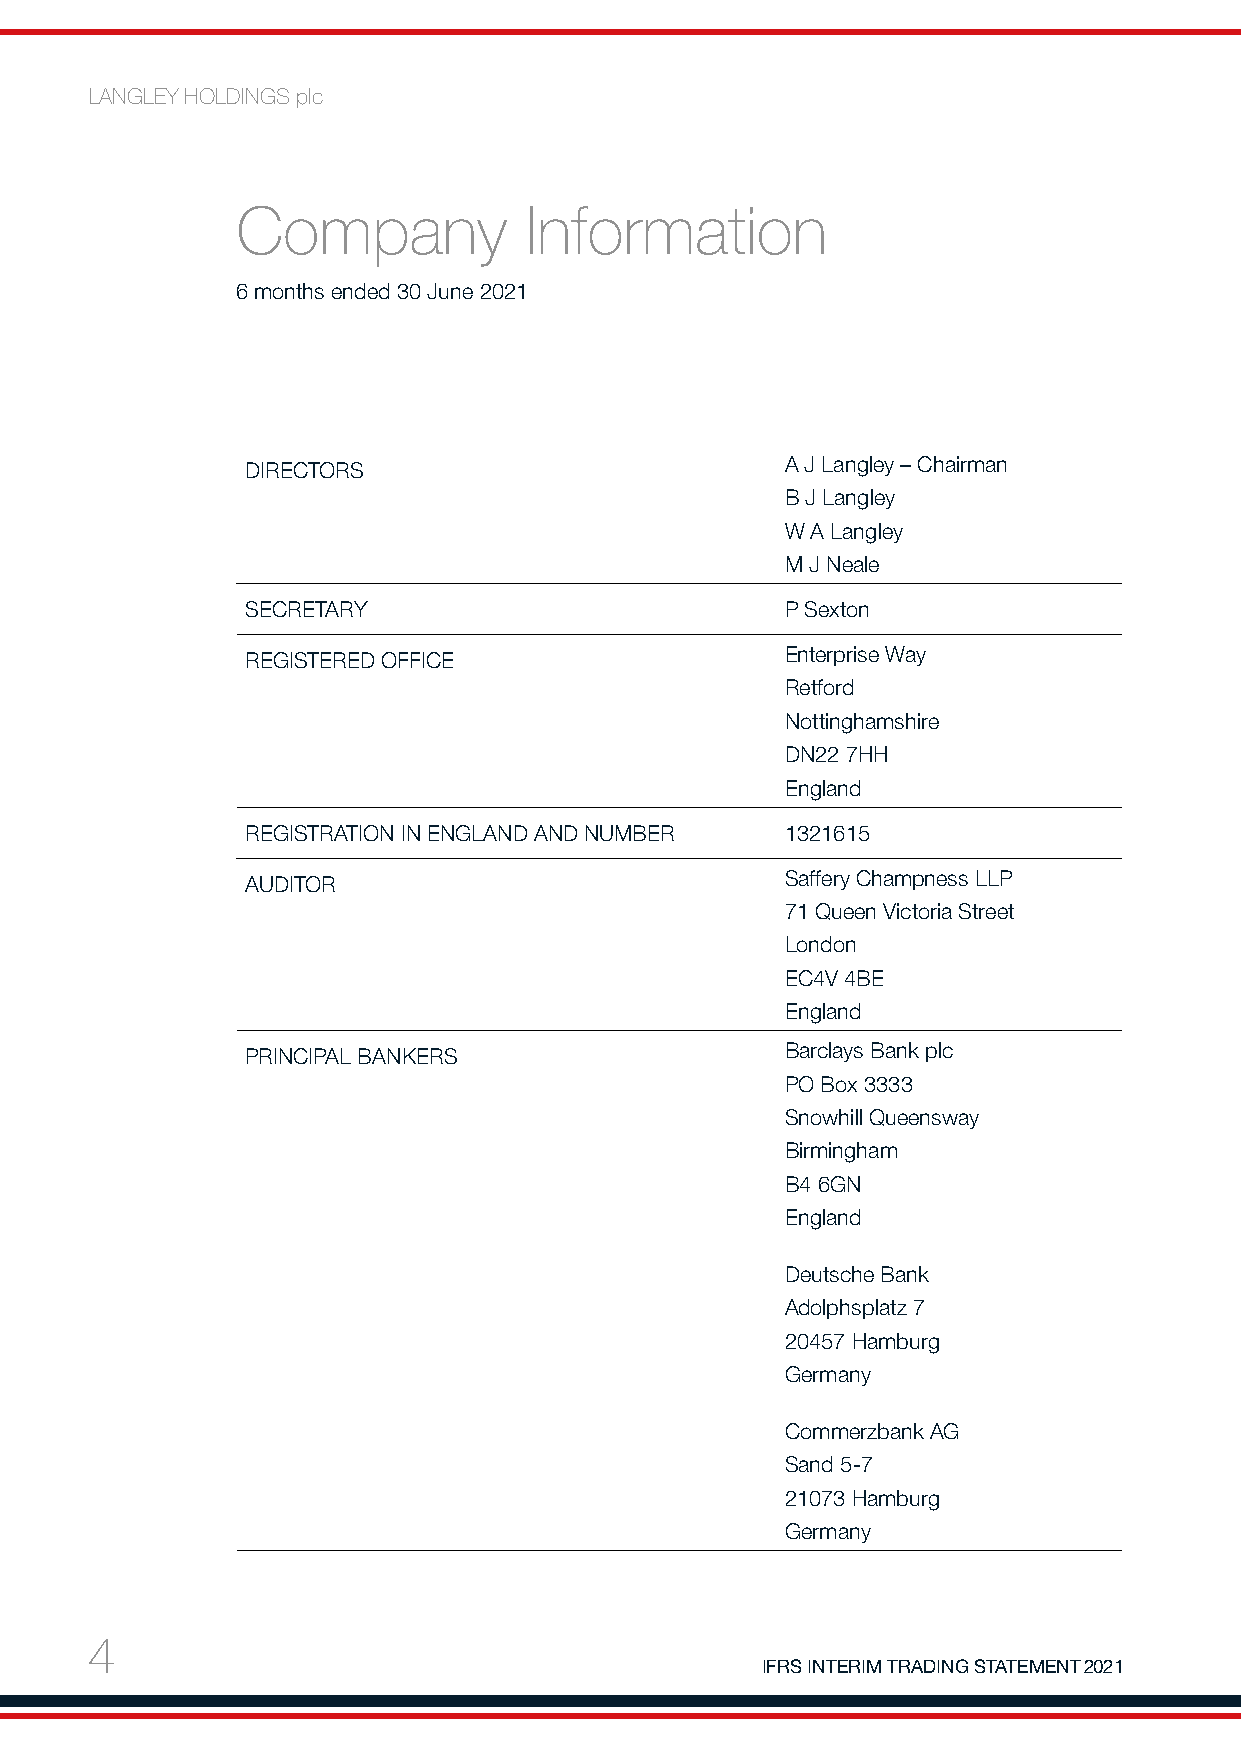
LANGLEY HOLDINGS plc
 Company            Information
 6 months ended 30 June 2021
 DIRECTORS                           A J Langley – Chairman
 B J Langley
 W A Langley
 M J Neale
 SECRETARY                           P Sexton
 REGISTERED OFFICE                   Enterprise Way
 Retford
 Nottinghamshire
 DN22 7HH
 England
 REGISTRATION IN ENGLAND AND NUMBER  1321615
 AUDITOR                             Saffery Champness LLP
 71 Queen Victoria Street
 London
 EC4V 4BE
 England
 PRINCIPAL BANKERS                   Barclays Bank plc
 PO Box 3333
 Snowhill Queensway
 Birmingham
 B4 6GN
 England
 Deutsche Bank
 Adolphsplatz 7
 20457 Hamburg
 Germany
 Commerzbank AG
 Sand 5-7
 21073 Hamburg
 Germany
 4
 IFRS INTERIM TRADING STATEMENT 2021